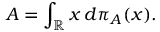
A = \int _ { \mathbb { R } } x \, d \pi _ { A } ( x ) .